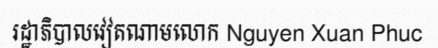
រដ្ឋាភិបាលវៀតណាមលោក Nguyen Xuan Phuc